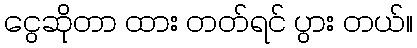
ငွေဆိုတာ ထား တတ်ရင် ပွား တယ်။